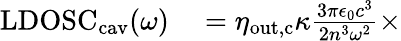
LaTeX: \begin{array}{rl}{\mathrm{LDOSC}_{\mathrm{cav}}(\omega)}&{{}=\eta_{\mathrm{out,c}}\kappa\frac{3\pi\epsilon_{0}c^{3}}{2n^{3}\omega^{2}}\times}\end{array}